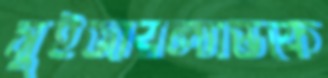
সুইজারল্যান্ডকে